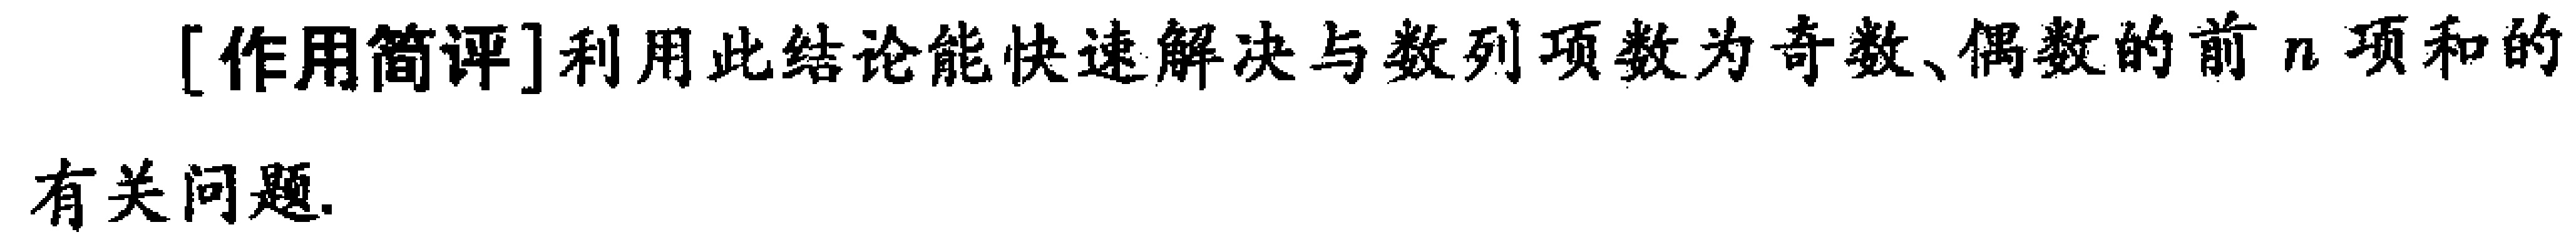
[作用简评]利用此结论能快速解决与数列项数为奇数、偶数的前 \(n\) 项和的有关问题.